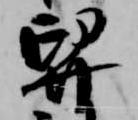
舁